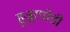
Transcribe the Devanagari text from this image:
हुजुरपोडी